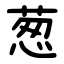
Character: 葱